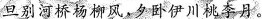
旦别河桥杨柳风，夕卧伊川桃李月。